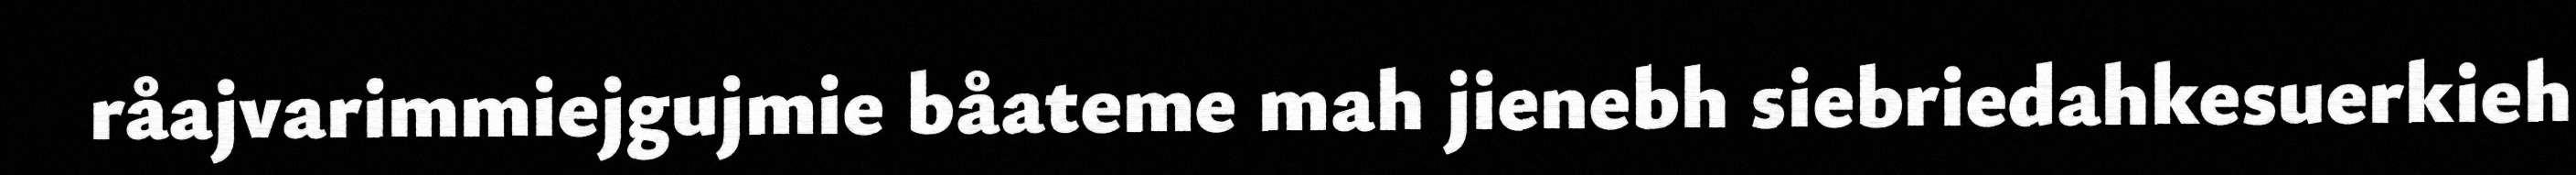
råajvarimmiejgujmie båateme mah jienebh siebriedahkesuerkieh